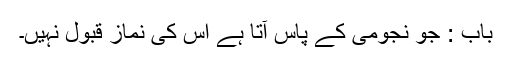
باب : جو نجومی کے پاس آتا ہے اس کی نماز قبول نہیں۔